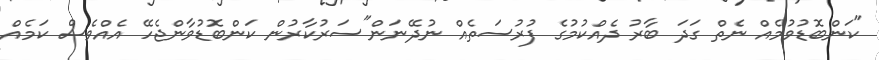
"ކަންބޮޑުވުމެއް ނެތް ގަދަ ބާރު ދެއްކުމުގެ ފުރުސަތެއް ނުދޭނަން"ސަރުކާރުން ކަންބޮޑުވާންޖެހޭ އެއްވެސް ކަމެއް